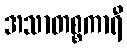
အသာတစ္စကာရီ